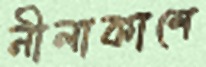
নীলাকাশে